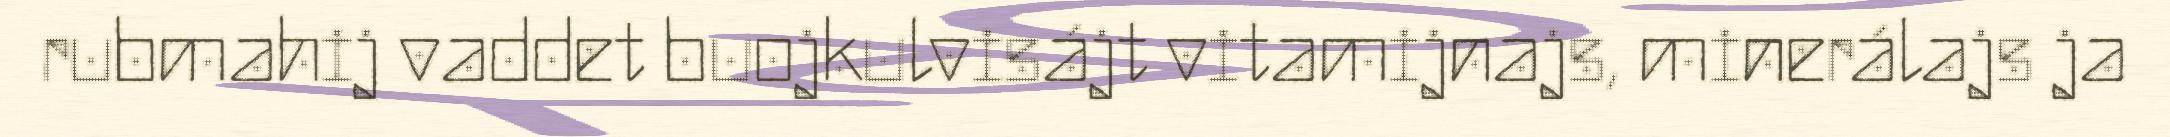
rubmahij vaddet buojkulvisájt vitamijnajs, minerálajs ja